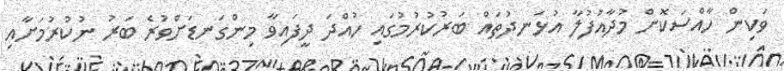
ވަކިން ހާއްސަކޮށް މުދާއުފުލާ އުޅަނދުތައް ބަރުކުރުމުގައި ހުއްދަ ދީފައިވާ މިންގަނޑަށްވުރެ ބަރު ނުކުރުމަށާއި